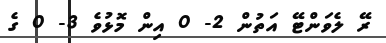
ރޭ ލެވަންޓޭ އަތުން 2- 0 އިން މޮޅުވެ 3- 0 ގެ